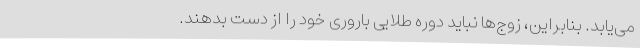
می‌یابد. بنابراین، زوج‌ها نباید دوره طلایی باروری خود را از دست بدهند.